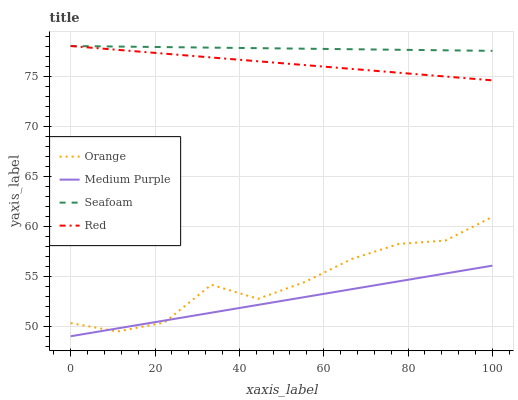
| xaxis_label | Orange | Medium Purple | Seafoam | Red |
 | --- | --- | --- | --- | --- |
 | 0 | 50.3 | 49 | 78 | 78 |
 | 11.1 | 49.5 | 49.8 | 77.9 | 77.6 |
 | 22.2 | 50.4 | 50.6 | 77.9 | 77.2 |
 | 33.3 | 54.1 | 51.4 | 77.8 | 76.9 |
 | 44.4 | 52.7 | 52.1 | 77.8 | 76.5 |
 | 55.6 | 54.4 | 52.9 | 77.7 | 76.1 |
 | 66.7 | 56.7 | 53.7 | 77.7 | 75.7 |
 | 77.8 | 58.2 | 54.5 | 77.6 | 75.3 |
 | 88.9 | 58.6 | 55.3 | 77.6 | 75 |
 | 100 | 60.9 | 56.1 | 77.5 | 74.6 |